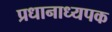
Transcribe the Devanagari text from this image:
प्रधानाध्यपक